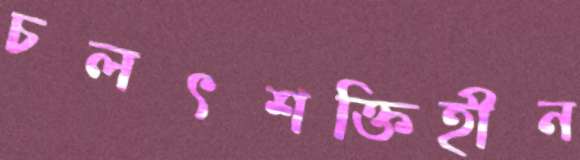
চলৎশক্তিহীন